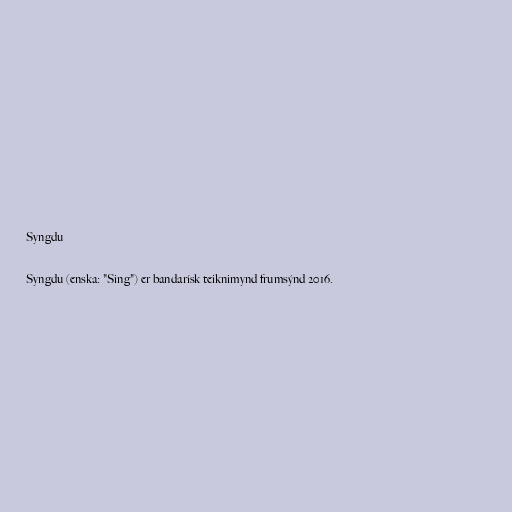
Syngdu

Syngdu (enska: "Sing") er bandarísk teiknimynd frumsýnd 2016.